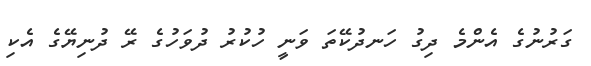
ގަރުނުގެ އެންމެ ދިގު ހަނދުކޭތަ ވަނީ ހުކުރު ދުވަހުގެ ރޭ ދުނިޔޭގެ އެކި